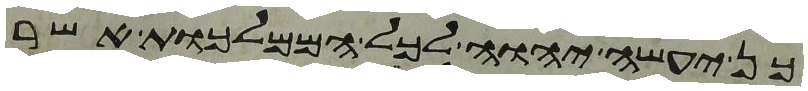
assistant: כן יעשה יהוה לכל הממלכות אשר